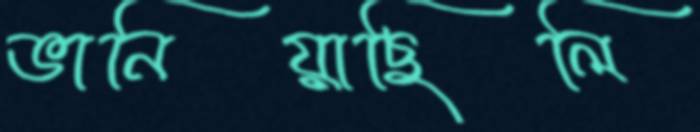
ভানিয়াছিলি